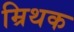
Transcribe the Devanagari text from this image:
म्रिथक